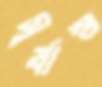
সূর্যাস্ত